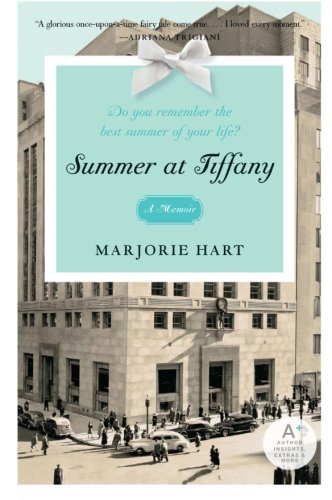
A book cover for Summer at Tiffany; Marjorie Hart; Crafts, Hobbies & Home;